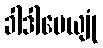
ခါဒါပေယျုံ